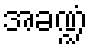
အခဏ္ဍံ